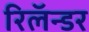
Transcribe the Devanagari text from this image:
रिलॅन्डर